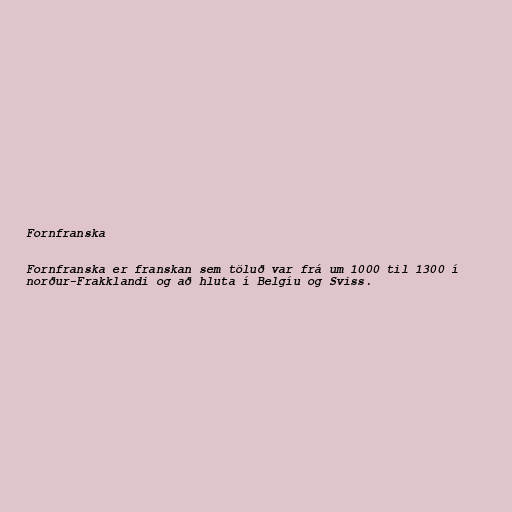
Fornfranska

Fornfranska er franskan sem töluð var frá um 1000 til 1300 í
norður-Frakklandi og að hluta í Belgíu og Sviss.